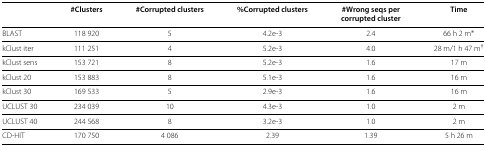
<table><thead><tr><td><b> </b></td><td><b>#Clusters</b></td><td><b>#Corrupted clusters</b></td><td><b>%Corrupted clusters</b></td><td><b>#Wrong seqs per</b></td><td><b>Time</b></td></tr><tr><td><b> </b></td><td><b> </b></td><td><b> </b></td><td><b> </b></td><td><b>corrupted cluster</b></td><td><b> </b></td></tr></thead><tbody><tr><td>BLAST</td><td>118 920</td><td>5</td><td>4.2e-3</td><td>2.4</td><td>66 h 2 m <sup>∗</sup></td></tr><tr><td>kClust iter</td><td>111 251</td><td>4</td><td>5.2e-3</td><td>4.0</td><td>28 m/1 h 47 m <sup>†</sup></td></tr><tr><td>kClust sens</td><td>153 721</td><td>8</td><td>5.2e-3</td><td>1.6</td><td>17 m</td></tr><tr><td>kClust 20</td><td>153 883</td><td>8</td><td>5.1e-3</td><td>1.6</td><td>16 m</td></tr><tr><td>kClust 30</td><td>169 533</td><td>5</td><td>2.9e-3</td><td>1.6</td><td>16 m</td></tr><tr><td>UCLUST 30</td><td>234 039</td><td>10</td><td>4.3e-3</td><td>1.0</td><td>2 m</td></tr><tr><td>UCLUST 40</td><td>244 568</td><td>8</td><td>3.2e-3</td><td>1.0</td><td>2 m</td></tr><tr><td>CD-HIT</td><td>170 750</td><td>4 086</td><td>2.39</td><td>1.39</td><td>5 h 26 m</td></tr></tbody></table>